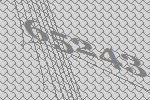
65243